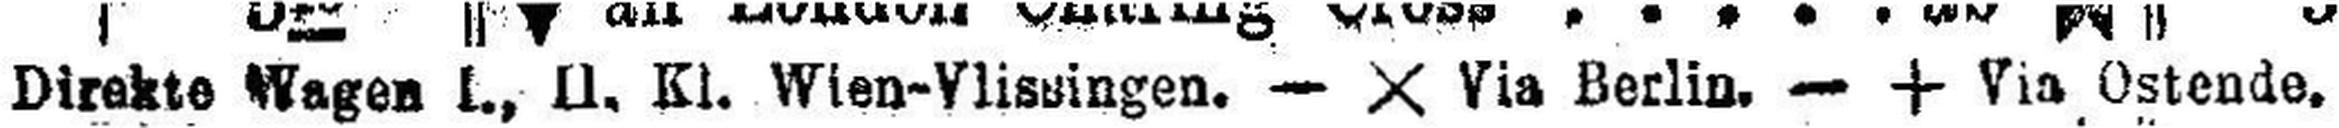
Direkte Wagen I., II., Kl. Wien-Vilissingen. — X Via Berlib. — + Via Ostende.